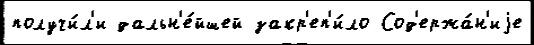
получи́л'и дальн'е́йшей закр'еп'и́ло Сод'ержа́н'иjе